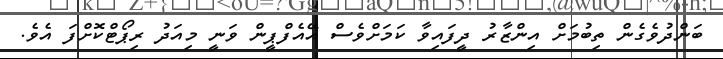
ބަންދުވެގެން ތިބުމަށް އިންޒާރު ދީފައިވާ ކަމަށްވެސް އޭއެފްޕީން ވަނީ މިއަދު ރިޕޯޓްކޮށްފަ އެވެ.